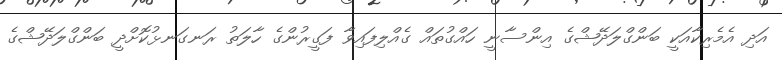
އަދި އެމެރިކާއަކީ ބަންގްލަދޭޝްގެ އިންސާނީ ހައްގުތައް ގެއްލިފައިވާ ފަގީރުންގެ ހާލަތު ރަނގަނޅުކޮށްދީ ބަންގްލަދޭޝްގެ